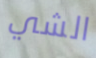
الشي